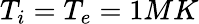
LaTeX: T_{i}=T_{e}=1MK